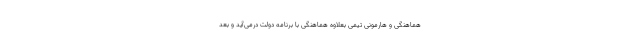
هماهنگی و هارمونی تیمی بعلاوه هماهنگی با برنامه دولت درمی‌آید و بعد